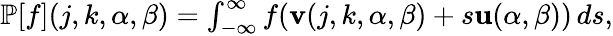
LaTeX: \begin{array}{r}{\mathbb{P}[f](j,k,\alpha,\beta)=\int_{-\infty}^{\infty}f(\mathbf{v}(j,k,\alpha,\beta)+s\mathbf{u}(\alpha,\beta))\mathop{ds},}\end{array}